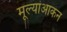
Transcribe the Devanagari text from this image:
मूल्यांआकन